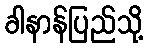
ခါနာန်ပြည်သို့